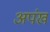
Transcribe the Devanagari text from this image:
अपंख